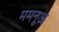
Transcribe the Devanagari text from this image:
ममनूअ